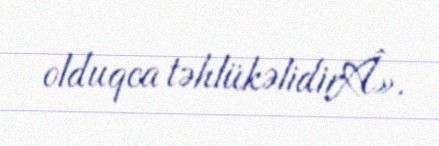
olduqca təhlükəlidirÂ».